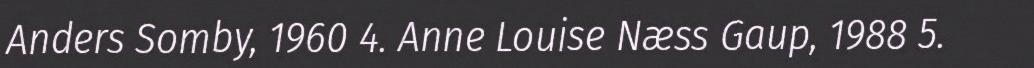
Anders Somby, 1960 4. Anne Louise Næss Gaup, 1988 5.